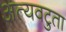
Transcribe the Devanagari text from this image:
अत्यवटुता